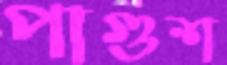
পাগুশ